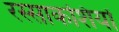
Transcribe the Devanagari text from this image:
रस्साकशियों